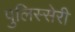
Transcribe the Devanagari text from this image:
पुलिस्सेरी